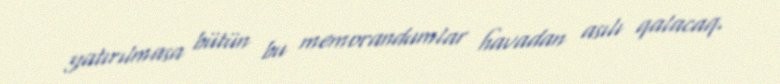
yatırılmasa bütün bu memorandumlar havadan asılı qalacaq.